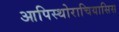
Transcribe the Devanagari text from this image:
आपिस्थोराचियासिस